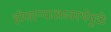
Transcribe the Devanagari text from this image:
होणाऱ्याअस्वस्थेमुळे